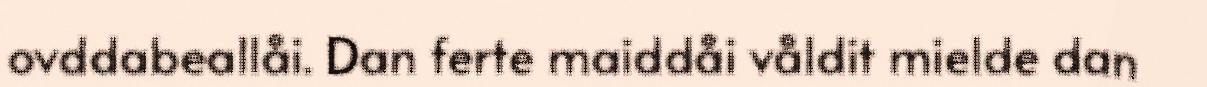
ovddabeallåi. Dan ferte maiddåi våldit mielde dan